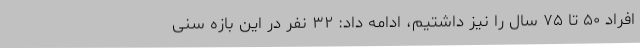
افراد ۵۰ تا ۷۵ سال را نیز داشتیم، ادامه داد: ۳۲ نفر در این بازه سنی